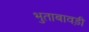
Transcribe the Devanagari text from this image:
भुताबावड़ी